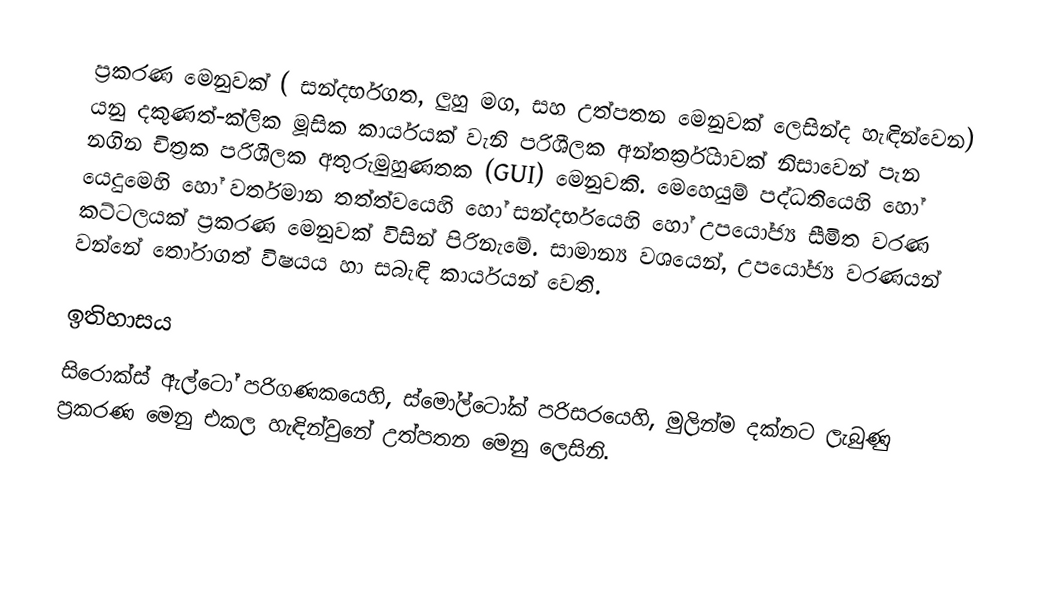
ප්‍රකරණ මෙනුවක් ( සන්දර්භගත, ලුහු මග, සහ උත්පතන  මෙනුවක් ලෙසින්ද හැඳින්වෙන) යනු දකුණත්-ක්ලික මූසික කාර්යයක් වැනි  පරිශීලක අන්තර්ක්‍රියාවක් නිසාවෙන් පැන නගින  චිත්‍රක පරිශීලක අතුරුමුහුණතක (GUI) මෙනුවකි. මෙහෙයුම් පද්ධතියෙහි හෝ යෙදුමෙහි හෝ වර්තමාන තත්ත්වයෙහි හෝ සන්දර්භයෙහි හෝ උපයෝජ්‍ය සීමිත වරණ කට්ටලයක් ප්‍රකරණ මෙනුවක් විසින් පිරිනැමේ. සාමාන්‍ය වශයෙන්,  උපයෝජ්‍ය වරණයන්  වන්නේ  තෝරාගත් විෂයය හා සබැඳි කාර්යයන් වෙති.

ඉතිහාසය
සිරොක්ස් ඇල්ටෝ පරිගණකයෙහි, ස්මෝල්ටෝක් පරිසරයෙහි, මුලින්ම දක්නට ලැබුණු ප්‍රකරණ මෙනු එකල හැඳින්වුනේ  උත්පතන මෙනු  ලෙසිනි.